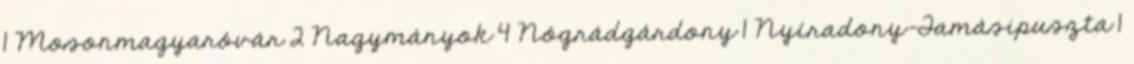
1 Mosonmagyaróvár 2 Nagymányok 4 Nógrádgárdony 1 Nyíradony-Tamásipuszta 1